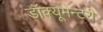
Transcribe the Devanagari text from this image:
डॉक्यूमेन्टरी